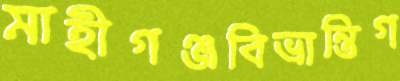
মাহীগঞ্জবিভ্রান্তিগ